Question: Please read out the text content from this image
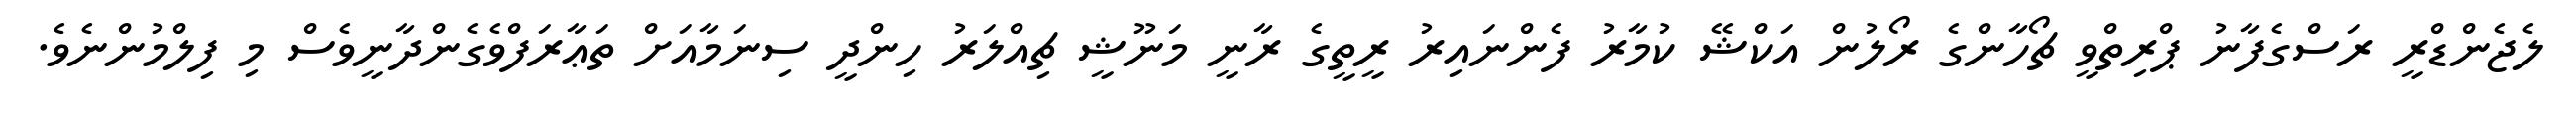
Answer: ލެޖެންޑްރީ ރަސްގެފާނު ޕްރިތްވީ ޗޯހާންގެ ރޯލުން އަކްޝޭ ކުމާރު ފެންނައިރު ރީތީގެ ރާނީ މަނޫޝީ ޗިއްލަރު ހިންދީ ސިނަމާއަށް ތަޢާރަފްވެގެންދާނީވެސް މި ފިލްމުންނެވެ.